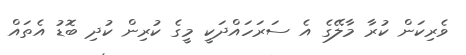
ވެރިކަން ކުރާ މާލޭގެ އެ ސަރަހައްދަކީ މީގެ ކުރިން ކުދި ބޮޑު އެތައް